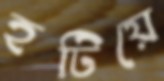
হটিয়ে